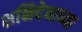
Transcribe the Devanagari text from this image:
शनिदेवाच्या